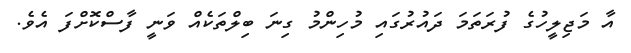
އާ މަޖިލީހުގެ ފުރަތަމަ ދައުރުގައި މުހިންމު ގިނަ ބިލްތަކެއް ވަނީ ފާސްކޮށްފަ އެވެ.